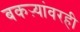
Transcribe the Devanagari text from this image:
बकऱ्यांवरही